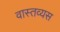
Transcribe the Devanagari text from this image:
वास्तव्यस